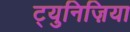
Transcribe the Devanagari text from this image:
ट्युनिज़िया